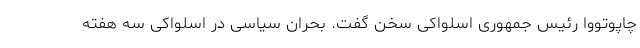
چاپوتووا رئیس جمهوری اسلواکی سخن گفت. بحران سیاسی در اسلواکی سه هفته